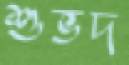
শুভদ